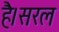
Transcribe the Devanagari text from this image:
है।सरल